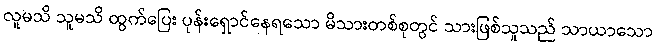
လူမသိ သူမသိ ထွက်ပြေး ပုန်းရှောင်နေရသော မိသားတစ်စုတွင် သားဖြစ်သူသည် သာယာသော